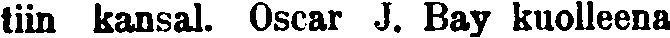
tiin kansal. Oscer J. Bay kuolleena